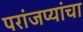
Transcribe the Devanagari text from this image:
परांजप्यांचा